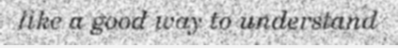
like a good way to understand